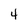
Character: 4